Vaccine operations Central Provinces & Berar 1922-1929 - 1922-1929
Year: 1922
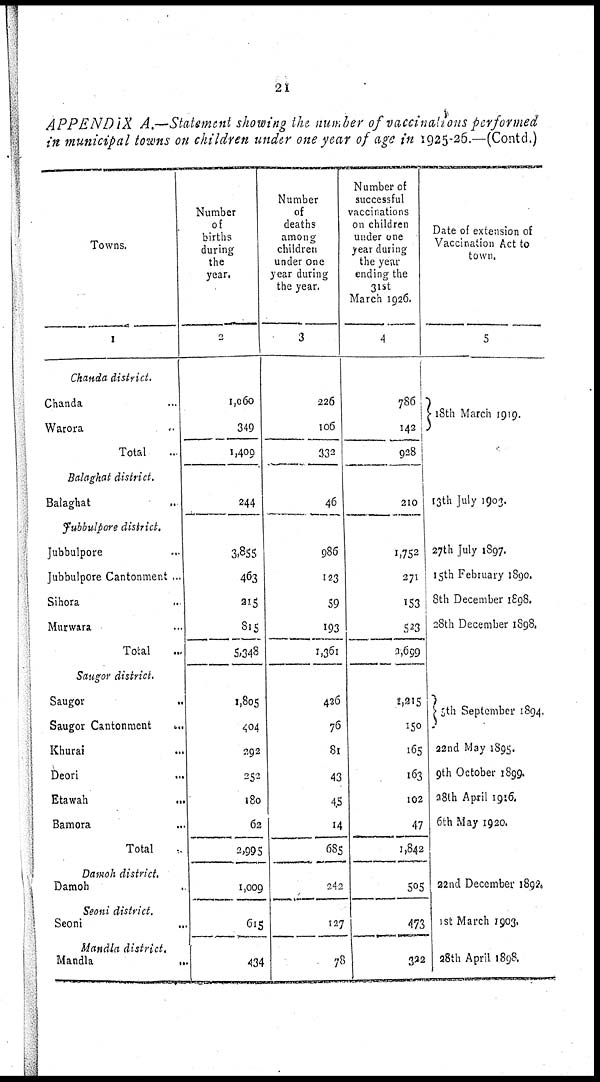
21
APPENDIX A.—Statement showing the number of vaccinations performed
in municipal towns on children under one year of age in 1925-26.—(Contd.)
Towns.
1
Chanda district.
Chanda ...
Warora ...
Total
Balaghat district.
Balaghat ...
Jubbulpore district.
Jubbulpore ..
Jubbulpore Cantonment ...
Sihora ...
Murwara ...
Total ...
Saugor district.
Saugor
..
Saugor Cantonment
...
Khurai ...
Deori ...
Etawah
...
Bamora ...
Total
Damoh district.
Damoh
Seoni district.
Seoni ...
Mandla district.
Mandla
...
Number
of
births
during
the
year.
2
1,060
349
1,409
244
3,855
463
215
815
5,348
1,805
404
292
252
180
62
2,995
1,009
615
434
Number
of
deaths
among
children
under one
year during
the year.
3
226
106
332
46
986
123
59
193
1,361
426
76
81
43
45
14
685
242
127
78
Number of
successful
vaccinations
on children
under one
year during
the year
ending the
31st
March 1926.
4
786
142
928
210
1,752
271
153
523
2,699
1,215
150
165
163
102
47
1,842
505
473
322
Date of extension of
Vaccination Act to
town.
5
18th March 1919.
13th July 1903.
27th July 1897.
15th February 1890.
8th December 1898.
28th December 1898.
8th September 1894.
22nd May 1895.
9th October 1899.
28th April 1916.
6th May 1920.
22nd December 1892.
1st March 1903.
28th April 1898.